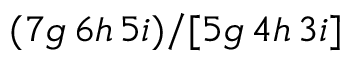
( 7 g \, 6 h \, 5 i ) / [ 5 g \, 4 h \, 3 i ]